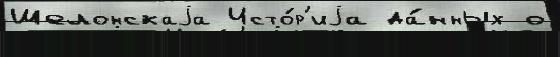
Шелонскаjа Исто́р'иjа да́нных о